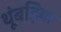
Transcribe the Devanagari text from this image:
थूंबड़िया